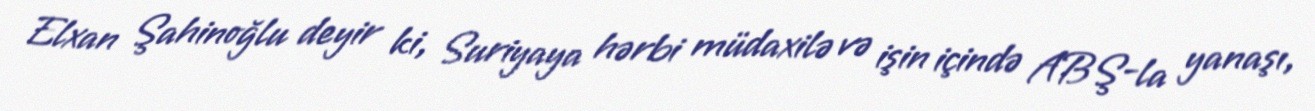
Elxan Şahinoğlu deyir ki, Suriyaya hərbi müdaxilə və işin içində ABŞ-la yanaşı,